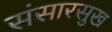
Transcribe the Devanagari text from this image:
संसारसुख